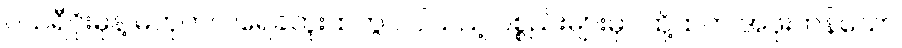
ပယ်ရီဂိုးမုန့် မဟုတ်ပါ။ရေခဲဘူးထဲတွင် ပါသည့် ပစ္စည်းများမှာ ထို့ထက် အဖိုးတန်သော